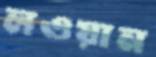
লওয়ান